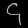
Digit: ၄